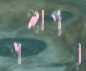
গঙ্গাপুর